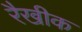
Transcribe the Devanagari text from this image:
रैखीक